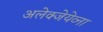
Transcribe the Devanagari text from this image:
अलेक्जेयेव्ना